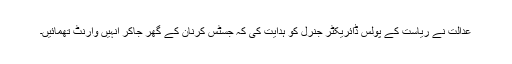
عدالت نے ریاست کے پولس ڈائریکٹر جنرل کو ہدایت کی کہ جسٹس کرنان کے گھر جاکر انہیں وارنٹ تھمائیں۔